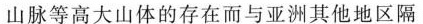
山脉等高大山体的存在而与亚洲其他地区隔